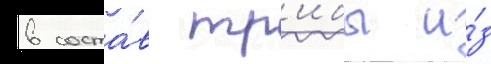
в соста́в тр'ибы и́з